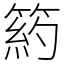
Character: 箹